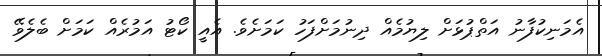
އެމަނިކުފާނު އަތްޕުޅަށް ލިޔުމެއް ދިނުމަށްފަހު ކަމަށެވެ. އެއީ ކޯޓު އަމުރެއް ކަމަށް ބެލެވޭ